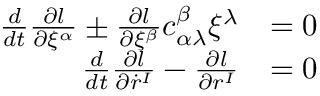
\begin{array} { r l } { \frac { d } { d t } \frac { \partial l } { \partial \xi ^ { \alpha } } \pm \frac { \partial l } { \partial \xi ^ { \beta } } c _ { \alpha \lambda } ^ { \beta } \xi ^ { \lambda } } & { = 0 } \\ { \frac { d } { d t } \frac { \partial l } { \partial \dot { r } ^ { I } } - \frac { \partial l } { \partial r ^ { I } } } & { = 0 } \end{array}